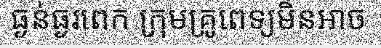
ធ្ងន់ធ្ងរពេក ក្រុមគ្រូពេទ្យមិនអាច